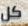
كل